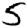
Digit: 5